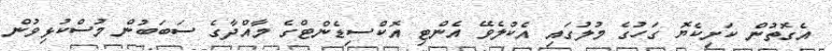
އެގޮތުން ކަށިކެޔޮ ގަހުގެ މުލުގައި އެކުލެވޭ އެންޓި އޮކްސިޑެންޓްގެ މާއްދާގެ ސަބަބުން މުސްކުޅިވުން